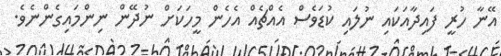
އޭނާ ހުރީ ފައިދާއަކައި ނުލައި ކުޑަވެސް އެއްޗެއް އެހެން މީހަކަށް ނުދޭން ނިންމައިގެންނެވެ.